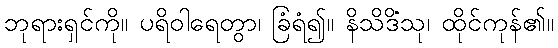
ဘုရားရှင်ကို။ ပရိဝါရေတွာ၊ ခြံရံ၍။ နိသိဒိံသု၊ ထိုင်ကုန်၏။